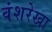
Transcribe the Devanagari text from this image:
वंशरेखा